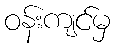
ဝန်းကျင်မှ